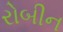
રોબીન